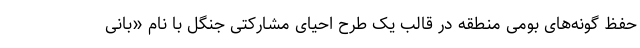
حفظ گونه‌های بومی منطقه در قالب یک طرح احیای مشارکتی جنگل با نام «بانی